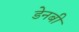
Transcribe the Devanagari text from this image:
डेनबी